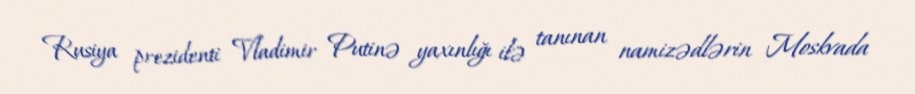
Rusiya prezidenti Vladimir Putinə yaxınlığı ilə tanınan namizədlərin Moskvada